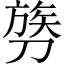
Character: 𫦓